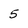
Character: 5